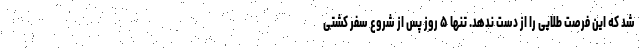
شد که این فرصت طلایی را از دست ندهد. تنها ۵ روز پس از شروع سفر کشتی